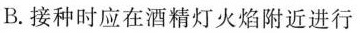
B.接种时应在酒精灯火焰附近进行